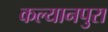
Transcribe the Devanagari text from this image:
कल्यानपुरा